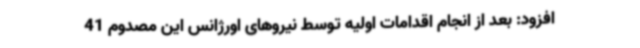
افزود: بعد از انجام اقدامات اولیه توسط نیروهای اورژانس این مصدوم 41